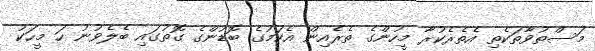
މަސްތުވާތަކެތި އެތެރެކުރާ މީހުންގެ ތެރެއިން އެކަމުގެ ބޮޑުންގެ ގޮތުގައި ބެލެވުނު ހަ މީހަކު